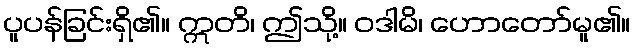
ပူပန်ခြင်းရှိ၏။ ဣတိ၊ ဤသို့။ ဝဒါမိ၊ ဟောတော်မူ၏။